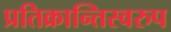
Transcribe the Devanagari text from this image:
प्रतिक्रान्तिस्वरुप